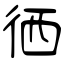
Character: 徆